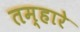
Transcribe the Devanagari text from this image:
तम्हारे